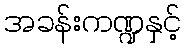
အခန်းကဏ္ဍနှင့်